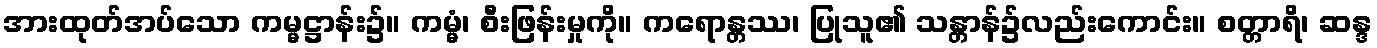
အားထုတ်အပ်သော ကမ္မဋ္ဌာန်း၌။ ကမ္မံ၊ စီးဖြန်းမှုကို။ ကရောန္တဿ၊ ပြုသူ၏ သန္တာန်၌လည်းကောင်း။ စတ္တာရိ၊ ဆန္ဒ